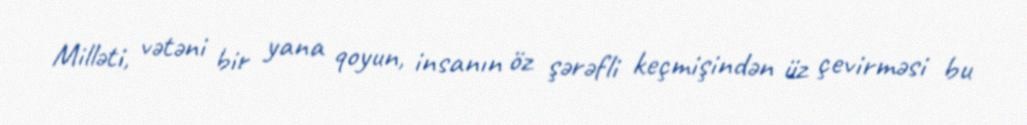
Milləti, vətəni bir yana qoyun, insanın öz şərəfli keçmişindən üz çevirməsi bu